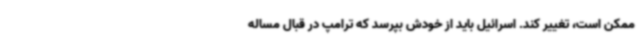
ممکن است، تغییر کند. اسرائیل باید از خودش بپرسد که ترامپ در قبال مساله